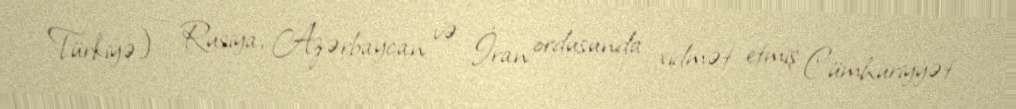
Türkiyə) — Rusiya, Azərbaycan və İran ordusunda xidmət etmiş Cümhuriyyət